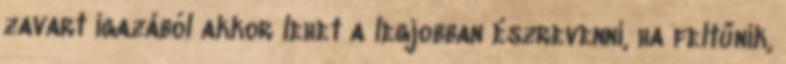
zavart igazából akkor lehet a legjobban észrevenni, ha feltűnik,